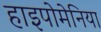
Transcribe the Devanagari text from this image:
हाइपोमेनिया